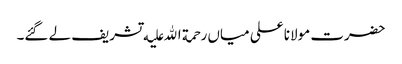
حضرت مولانا علی میاں رحمة الله علیه تشریف لے گئے۔